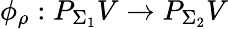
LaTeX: \phi_{\rho}:P_{\Sigma_{1}}V\to P_{\Sigma_{2}}V